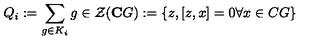
Q _ { i } : = \sum _ { g \in K _ { i } } g \in \mathcal { Z } ( \mathbf { C } G ) : = \left\{ z , \left[ z , x \right] = 0 \forall x \in C G \right\} \,